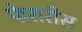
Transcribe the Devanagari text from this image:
फेरारीस